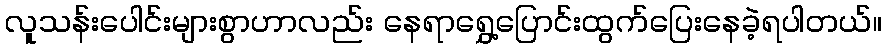
လူသန်းပေါင်းများစွာဟာလည်း နေရာရွှေ့ပြောင်းထွက်ပြေးနေခဲ့ရပါတယ်။